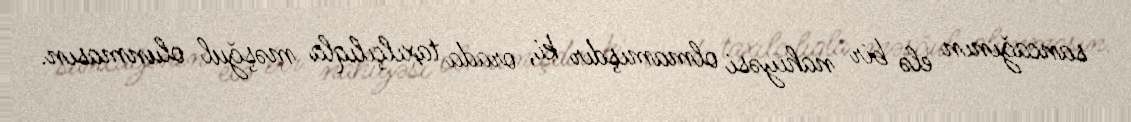
sancağının elə bir nahiyəsi olmamışdır ki, orada taxılçılıqla məşğul olunmasın.